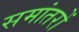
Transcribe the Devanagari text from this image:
समांतरों